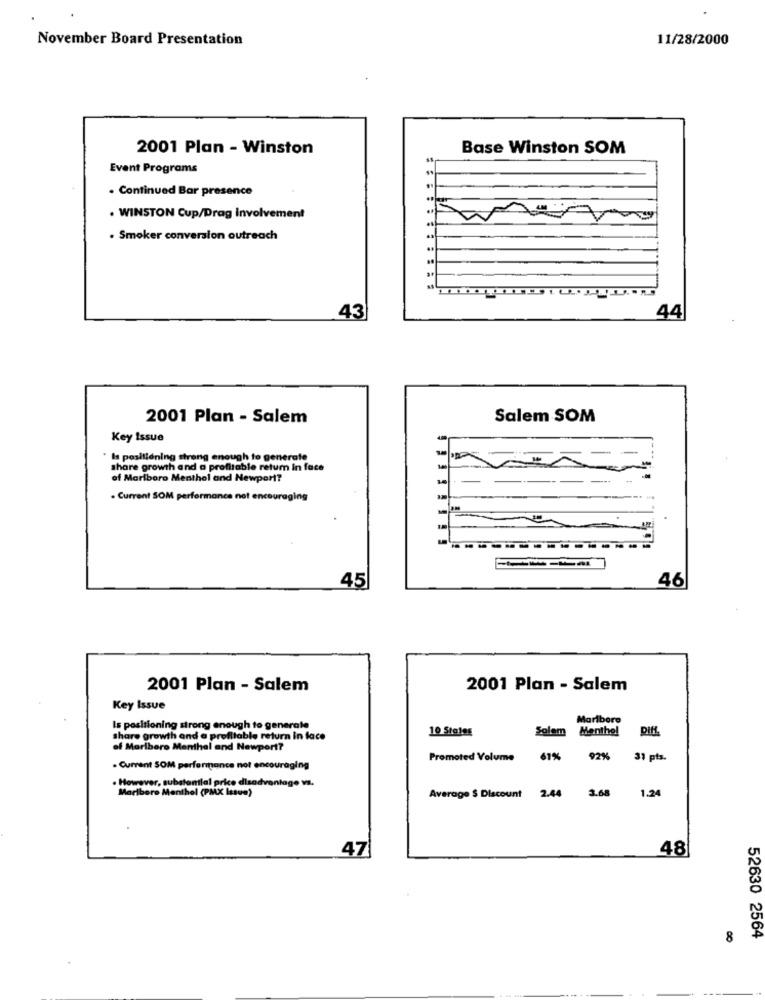
November Board Presentation
11/28/2000
2001 Plan - Winston
Base Winston SOM
Event Programs
. Continued Bar presence
. WINSTON Cup/Drag Involvement
. Smoker conversion outreach
43
44
2001 Plan - Salem
Salem SOM
Key Issue
Is positioning strong enough to generate
share growth and a profitable retum In face
of Marlboro Menthol and Newport?
- Current SOM performance net encouraging
45
46
2001 Plan - Salem
2001 Plan - Salem
Key Issue
Marlboro
Is positioning strong enough to generale
10 States
Solem Menthol
share growth and a profitable return in face
of Marlboro Menthal and Newport?
Promoted Volume
67%
92%
31 pts.
. Current SOM performance not encouraging
. However, substantial price disadvantage vs.
Marlboro Menthol (PMX Issue)
Average $ Discount
2.44
1.24
3.68
47
48
8
52630 2564